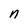
Character: n